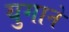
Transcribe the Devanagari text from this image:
युगाने